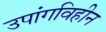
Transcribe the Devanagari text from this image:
उपांगविहीन